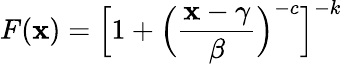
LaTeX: F(\mathbf{x})={\Big[}1+{\Big(}{\frac{{\mathbf{x}-\gamma}}{{\beta}}}{\Big)}^{-c}{\Big]}^{-k}